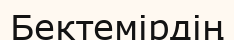
Бектемірдің